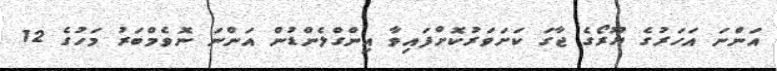
އަންނަ އަހަރުގެ ޔޫރޯގެ ޖާގަ ކަށަވަރުކޮށްފައިވާ އިންގްލެންޑުން އަންނަ ނޮވެމްބަރު މަހުގެ 12